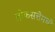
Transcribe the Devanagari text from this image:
लोकसत्तेमध्ये